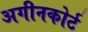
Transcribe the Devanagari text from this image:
अगीनकोर्ट